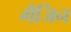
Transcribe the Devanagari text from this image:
गैजिन